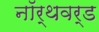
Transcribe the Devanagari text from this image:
नॉर्थवर्ड